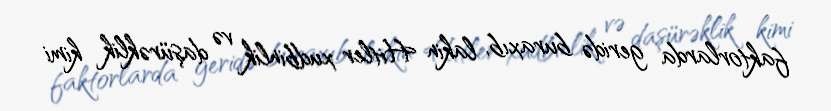
faktorlarda geridə buraxıb, lakin Hitler xudbinlik və daşürəklik kimi